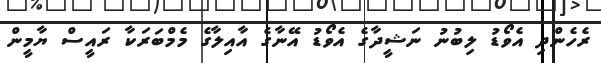
ރެހެންދި އެވޯޑު ލިބުނު ނަޝީދާގެ އެވޯޑު އޭނާގެ އާއިލާގެ މެމްބަރަކާ ރައީސް ޔާމީން